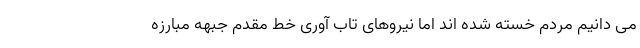
می دانیم مردم خسته شده اند اما نیروهای تاب آوری خط مقدم جبهه مبارزه